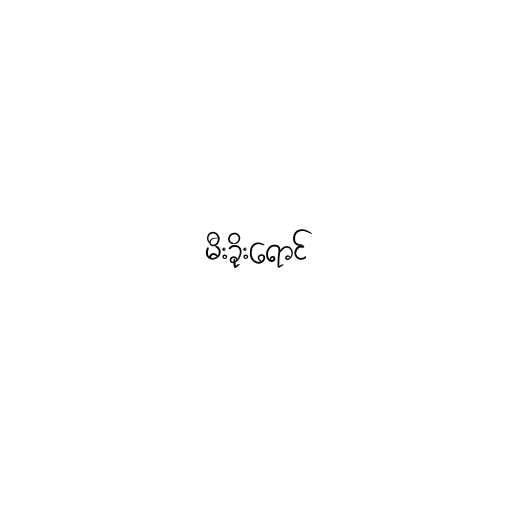
မီးခိုးရောင်